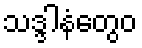
သဒ္ဒါနံတွေဝ